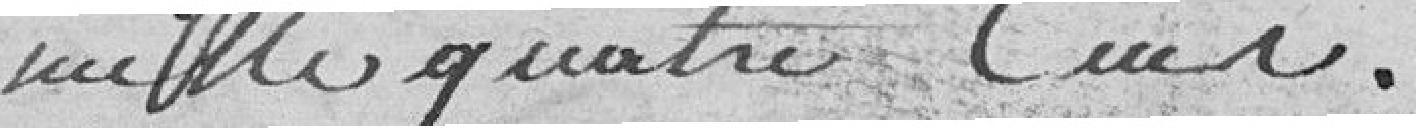
mille quatre cent